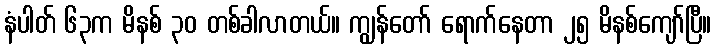
နံပါတ် ၆၃က မိနစ် ၃၀ တစ်ခါလာတယ်။ ကျွန်တော် ရောက်နေတာ ၂၅ မိနစ်ကျော်ပြီ။